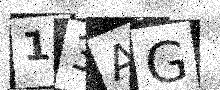
Text: 13AG